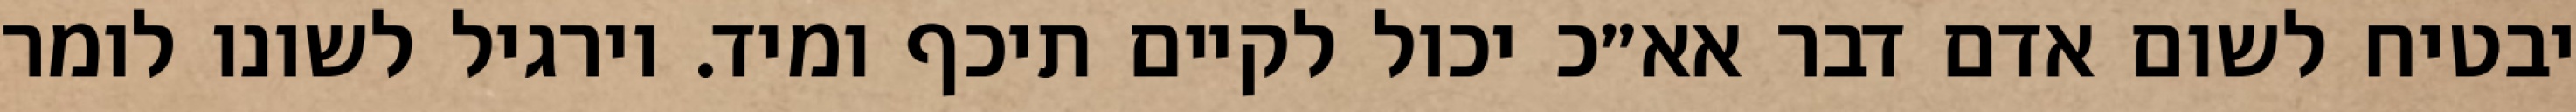
יבטיח לשום אדם דבר אא״כ יכול לקיים תיכף ומיד. וירגיל לשונו לומר